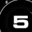
Digit: 5